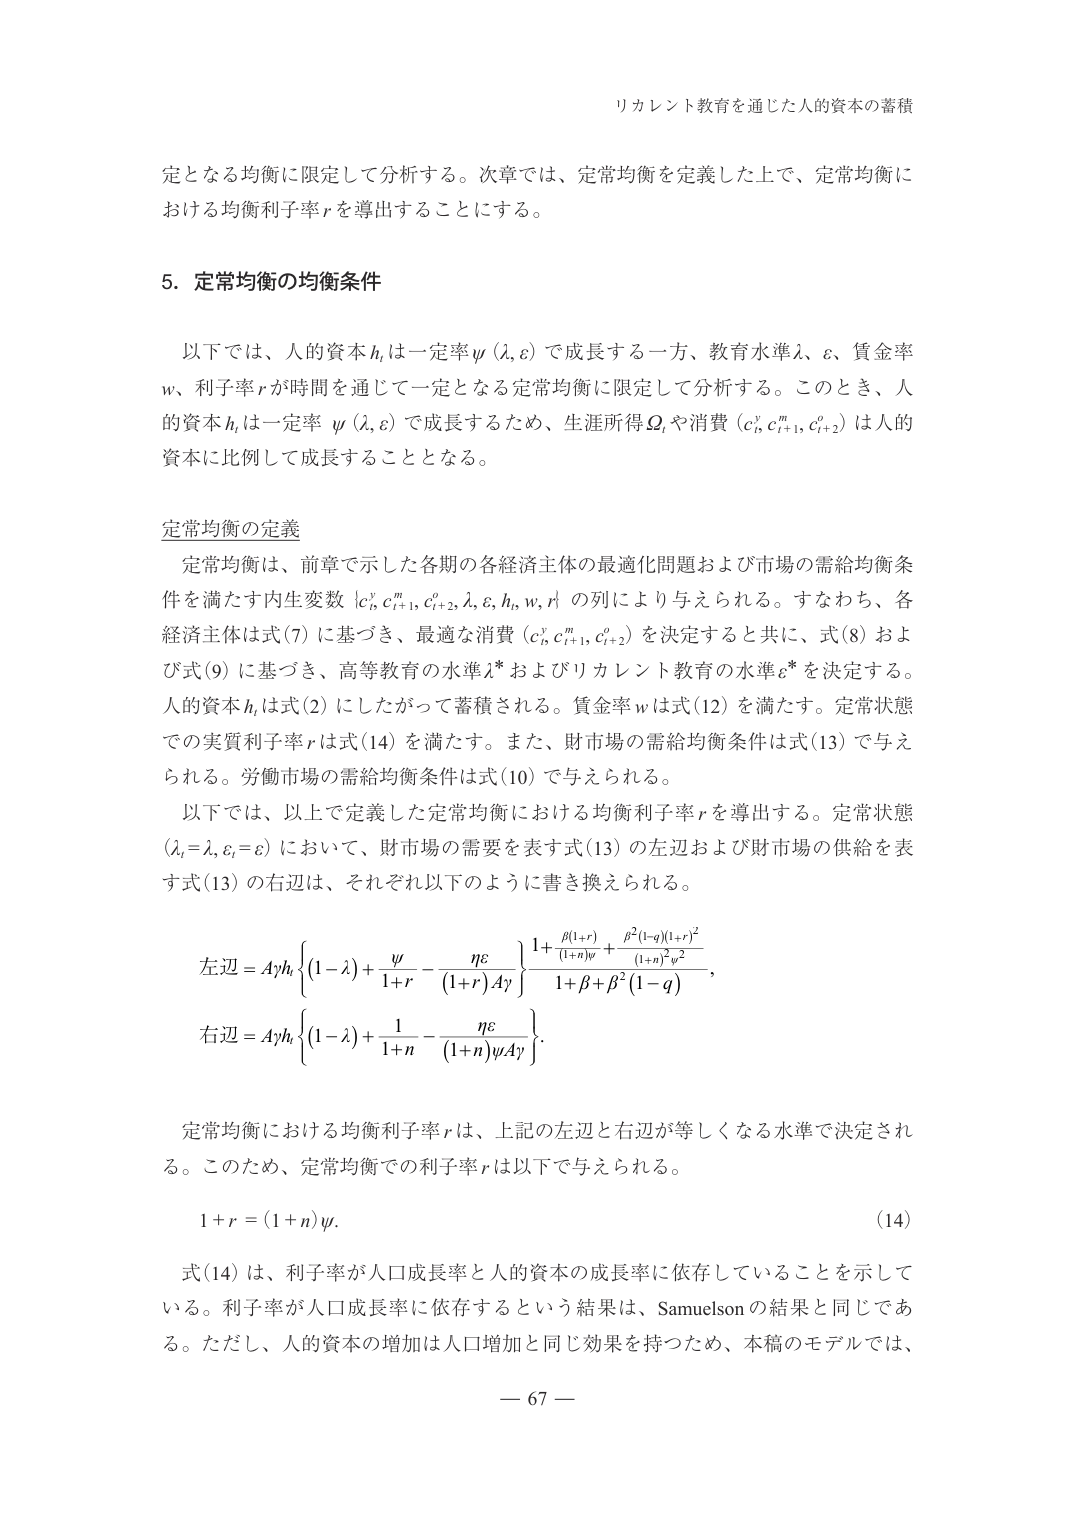
リカレント教育を通じた人的資本の蓄積

定となる均衡に限定して分析する。次章では、定常均衡を定義した上で、定常均衡における均衡利子率rを導出することにする。

5. 定常均衡の均衡条件

以下では、人的資本h_tは一定率ψ(λ,ε)で成長する一方、教育水準λ、ε、賃金率w、利子率rが時間を通じて一定となる定常均衡に限定して分析する。このとき、人的資本h_tは一定率ψ(λ,ε)で成長するため、生涯所得Ω、や消費(c_t^e, c_{t+1}^m, c_{t+2}^e)は人的資本に比例して成長することとなる。

定常均衡の定義

定常均衡は、前章で示した各期の各経済主体の最適化問題および市場の需給均衡条件を満たす内生変数{c_t^e, c_{t+1}^m, c_{t+2}^e, λ, ε, h_t, w, r}の列により与えられる。すなわち、各経済主体は式(7)に基づき、最適な消費(c_t^e, c_{t+1}^m, c_{t+2}^e)を決定すると共に、式(8)および式(9)に基づき、高等教育の水準λ*およびリカレント教育の水準ε*を決定する。人的資本h_tは式(2)にしたがって蓄積される。賃金率wは式(12)を満たす。定常状態での実質利子率rは式(14)を満たす。また、財市場の需給均衡条件は式(13)で与えられる。労働市場の需給均衡条件は式(10)で与えられる。

以下では、以上で定義した定常均衡における均衡利子率rを導出する。定常状態(λ_t=λ, ε_t=ε)において、財市場の需要を表す式(13)の左辺および財市場の供給を表す式(13)の右辺は、それぞれ以下のように書き換えられる。

左辺 = Ayh_t{ (1-λ) + ψ/(1+r) - ηε/((1+r)Ay) } { 1 + β(1+r)/((1+n)ψ) + β²(1-q)(1+r)²/((1+n)²w²) } / { 1 + β + β²(1-q) }

右辺 = Ayh_t{ (1-λ) + 1/(1+n) - ηε/((1+n)ψAy) }

定常均衡における均衡利子率rは、上記の左辺と右辺が等しくなる水準で決定される。このため、定常均衡での利子率rは以下で与えられる。

1 + r = (1 + n)ψ.  (14)

式(14)は、利子率が人口成長率と人的資本の成長率に依存していることを示している。利子率が人口成長率に依存するという結果は、Samuelsonの結果と同じである。ただし、人的資本の増加は人口増加と同じ効果を持つため、本稿のモデルでは、

— 67 —